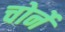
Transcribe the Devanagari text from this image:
चोर्ने